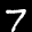
Label: 7